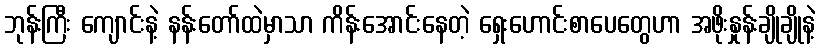
ဘုန်းကြီး ကျောင်းနဲ့ နန်းတော်ထဲမှာသာ ကိန်းအောင်းနေတဲ့ ရှေးဟောင်းစာပေတွေဟာ အဖိုးနှုန်းချိုချိုနဲ့